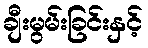
ချီးမွမ်းခြင်းနှင့်